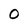
Character: 0